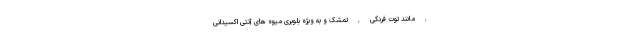
, مانند توت فرنگی , تمشک و به ویژه بلوبری میوه های آنتی اکسیدانی